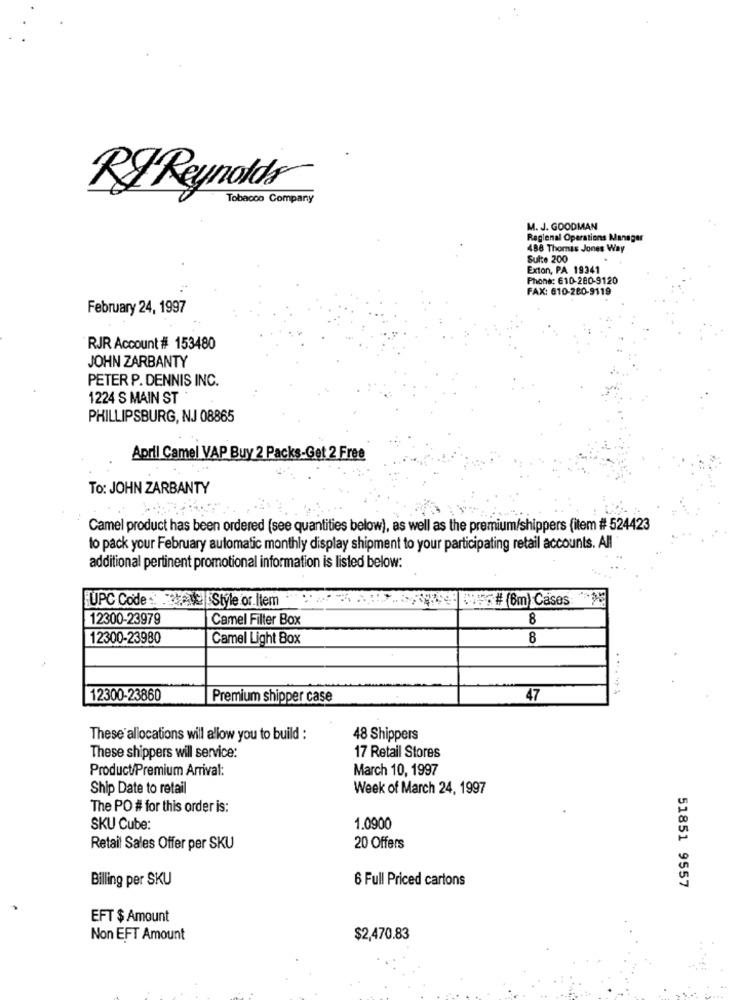
RF Reynolds
Tobacco Company
M. J. GOODMAN
Reglenal Operations Manager
488 Thomas Jones Way
Sulte 200
Exton, PA 19341
Phone: 610-280-9120
FAX: 610-280-9119
February 24, 1997
RJR Account # 153480
JOHN ZARBANTY
PETER P. DENNIS INC.
1224 S MAIN ST
PHILLIPSBURG, NJ 08865
April Camel VAP Buy 2 Packs-Get 2 Free
To: JOHN ZARBANTY
Camel product has been ordered (see quantities below), as well as the premium/shippers (item # 524423
to pack your February automatic monthly display shipment to your participating retail accounts. All
additional pertinent promotional information is listed below:
=#(Bm) Cases: **
UPC Code :: . Style or.Item
12300-23979
Camel Filter Box
8
12300-23980
Camel Light Box
8
........
12300-23860
Premium shipper case
47
These' allocations will allow you to build :
48 Shippers
These shippers will service:
17 Retail Stores
Product/Premium Arrival:
March 10, 1997
Ship Date to retail
Week of March 24, 1997
The PO # for this order is:
SKU Cube:
1.0900
Retail Sales Offer per SKU
20 Offers
Billing per SKU
6 Full Priced cartons
51851 9557
EFT $ Amount
Non EFT Amount
$2,470.83